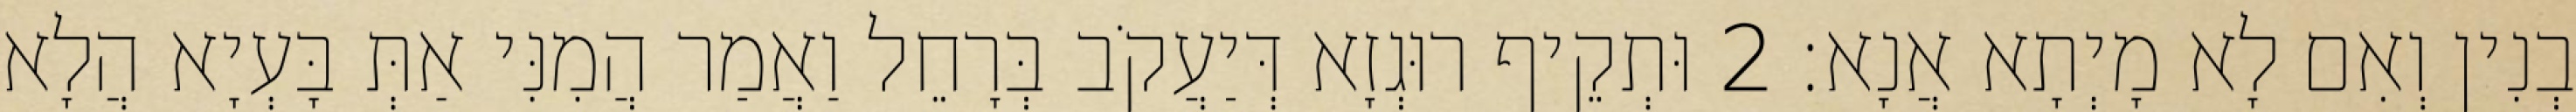
בְנִין וְאִם לָא מָיְתָא אֲנָא׃ 2 וּתְקֵיף רוּגְזָא דְּיַעֲקֹב בְּרָחֵל וַאֲמַר הֲמִנִּי אַתְּ בָּעְיָא הֲלָא